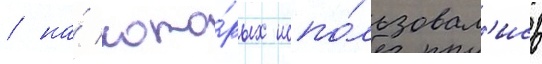
/ на́ кото́рых испо́льзовал'ись